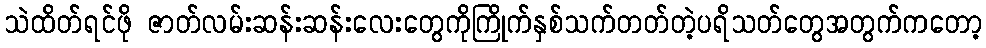
သဲထိတ်ရင်ဖို ဇာတ်လမ်းဆန်းဆန်းလေးတွေကိုကြိုက်နှစ်သက်တတ်တဲ့ပရိသတ်တွေအတွက်ကတော့